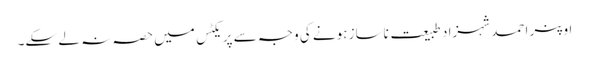
اوپنر احمد شہزاد طبیعت ناساز ہونے کی وجہ سے پریکٹس میں حصہ نہ لے سکے۔